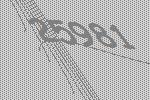
25981